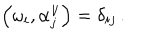
\left( \omega _ { i } , \alpha _ { j } ^ { \vee } \right) = \delta _ { i j } \, .